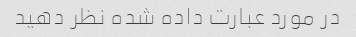
در مورد عبارت داده شده نظر دهید